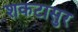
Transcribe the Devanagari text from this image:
शकटासुर